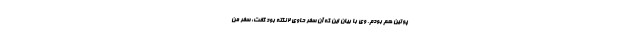
پوتین هم بودم. وی با بیان این که آن سفر حاوی 2 نکته بود گفت: سفر من